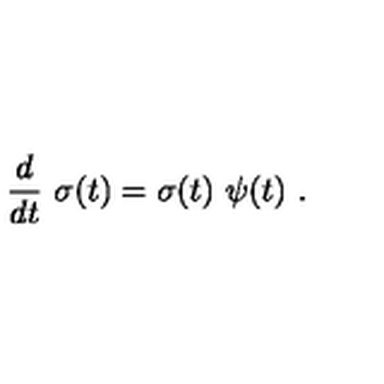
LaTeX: { \frac { d } { d t } } \ \sigma ( t ) = \sigma ( t ) \ \psi ( t ) \ .